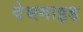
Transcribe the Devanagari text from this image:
वेभगाइड